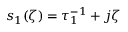
s _ { 1 } ( \zeta ) = \tau _ { 1 } ^ { - 1 } + j \zeta